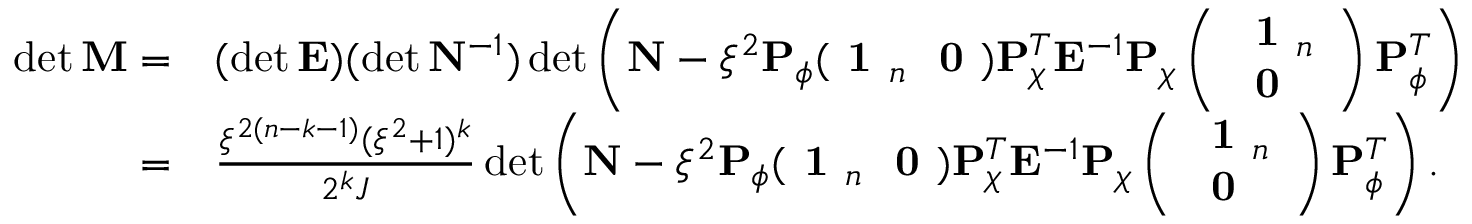
\begin{array} { r l } { \operatorname* { d e t } { \bf M } = } & { ( \operatorname* { d e t } { \bf E } ) ( \operatorname* { d e t } { \bf N } ^ { - 1 } ) \operatorname* { d e t } \left( { \bf N } - \xi ^ { 2 } { \bf P } _ { \phi } ( \textbf { 1 } _ { n } \, \, \textbf { 0 } ) { \bf P } _ { \boldsymbol { \chi } } ^ { T } { \bf E } ^ { - 1 } { \bf P } _ { \boldsymbol { \chi } } \left( \begin{array} { l } { \textbf { 1 } _ { n } } \\ { \textbf { 0 } } \end{array} \right) { \bf P } _ { \phi } ^ { T } \right) } \\ { = } & { \frac { \xi ^ { 2 ( n - k - 1 ) } ( \xi ^ { 2 } + 1 ) ^ { k } } { 2 ^ { k } J } \operatorname* { d e t } \left( { \bf N } - \xi ^ { 2 } { \bf P } _ { \phi } ( \textbf { 1 } _ { n } \, \, \textbf { 0 } ) { \bf P } _ { \boldsymbol { \chi } } ^ { T } { \bf E } ^ { - 1 } { \bf P } _ { \boldsymbol { \chi } } \left( \begin{array} { l } { \textbf { 1 } _ { n } } \\ { \textbf { 0 } } \end{array} \right) { \bf P } _ { \phi } ^ { T } \right) . } \end{array}